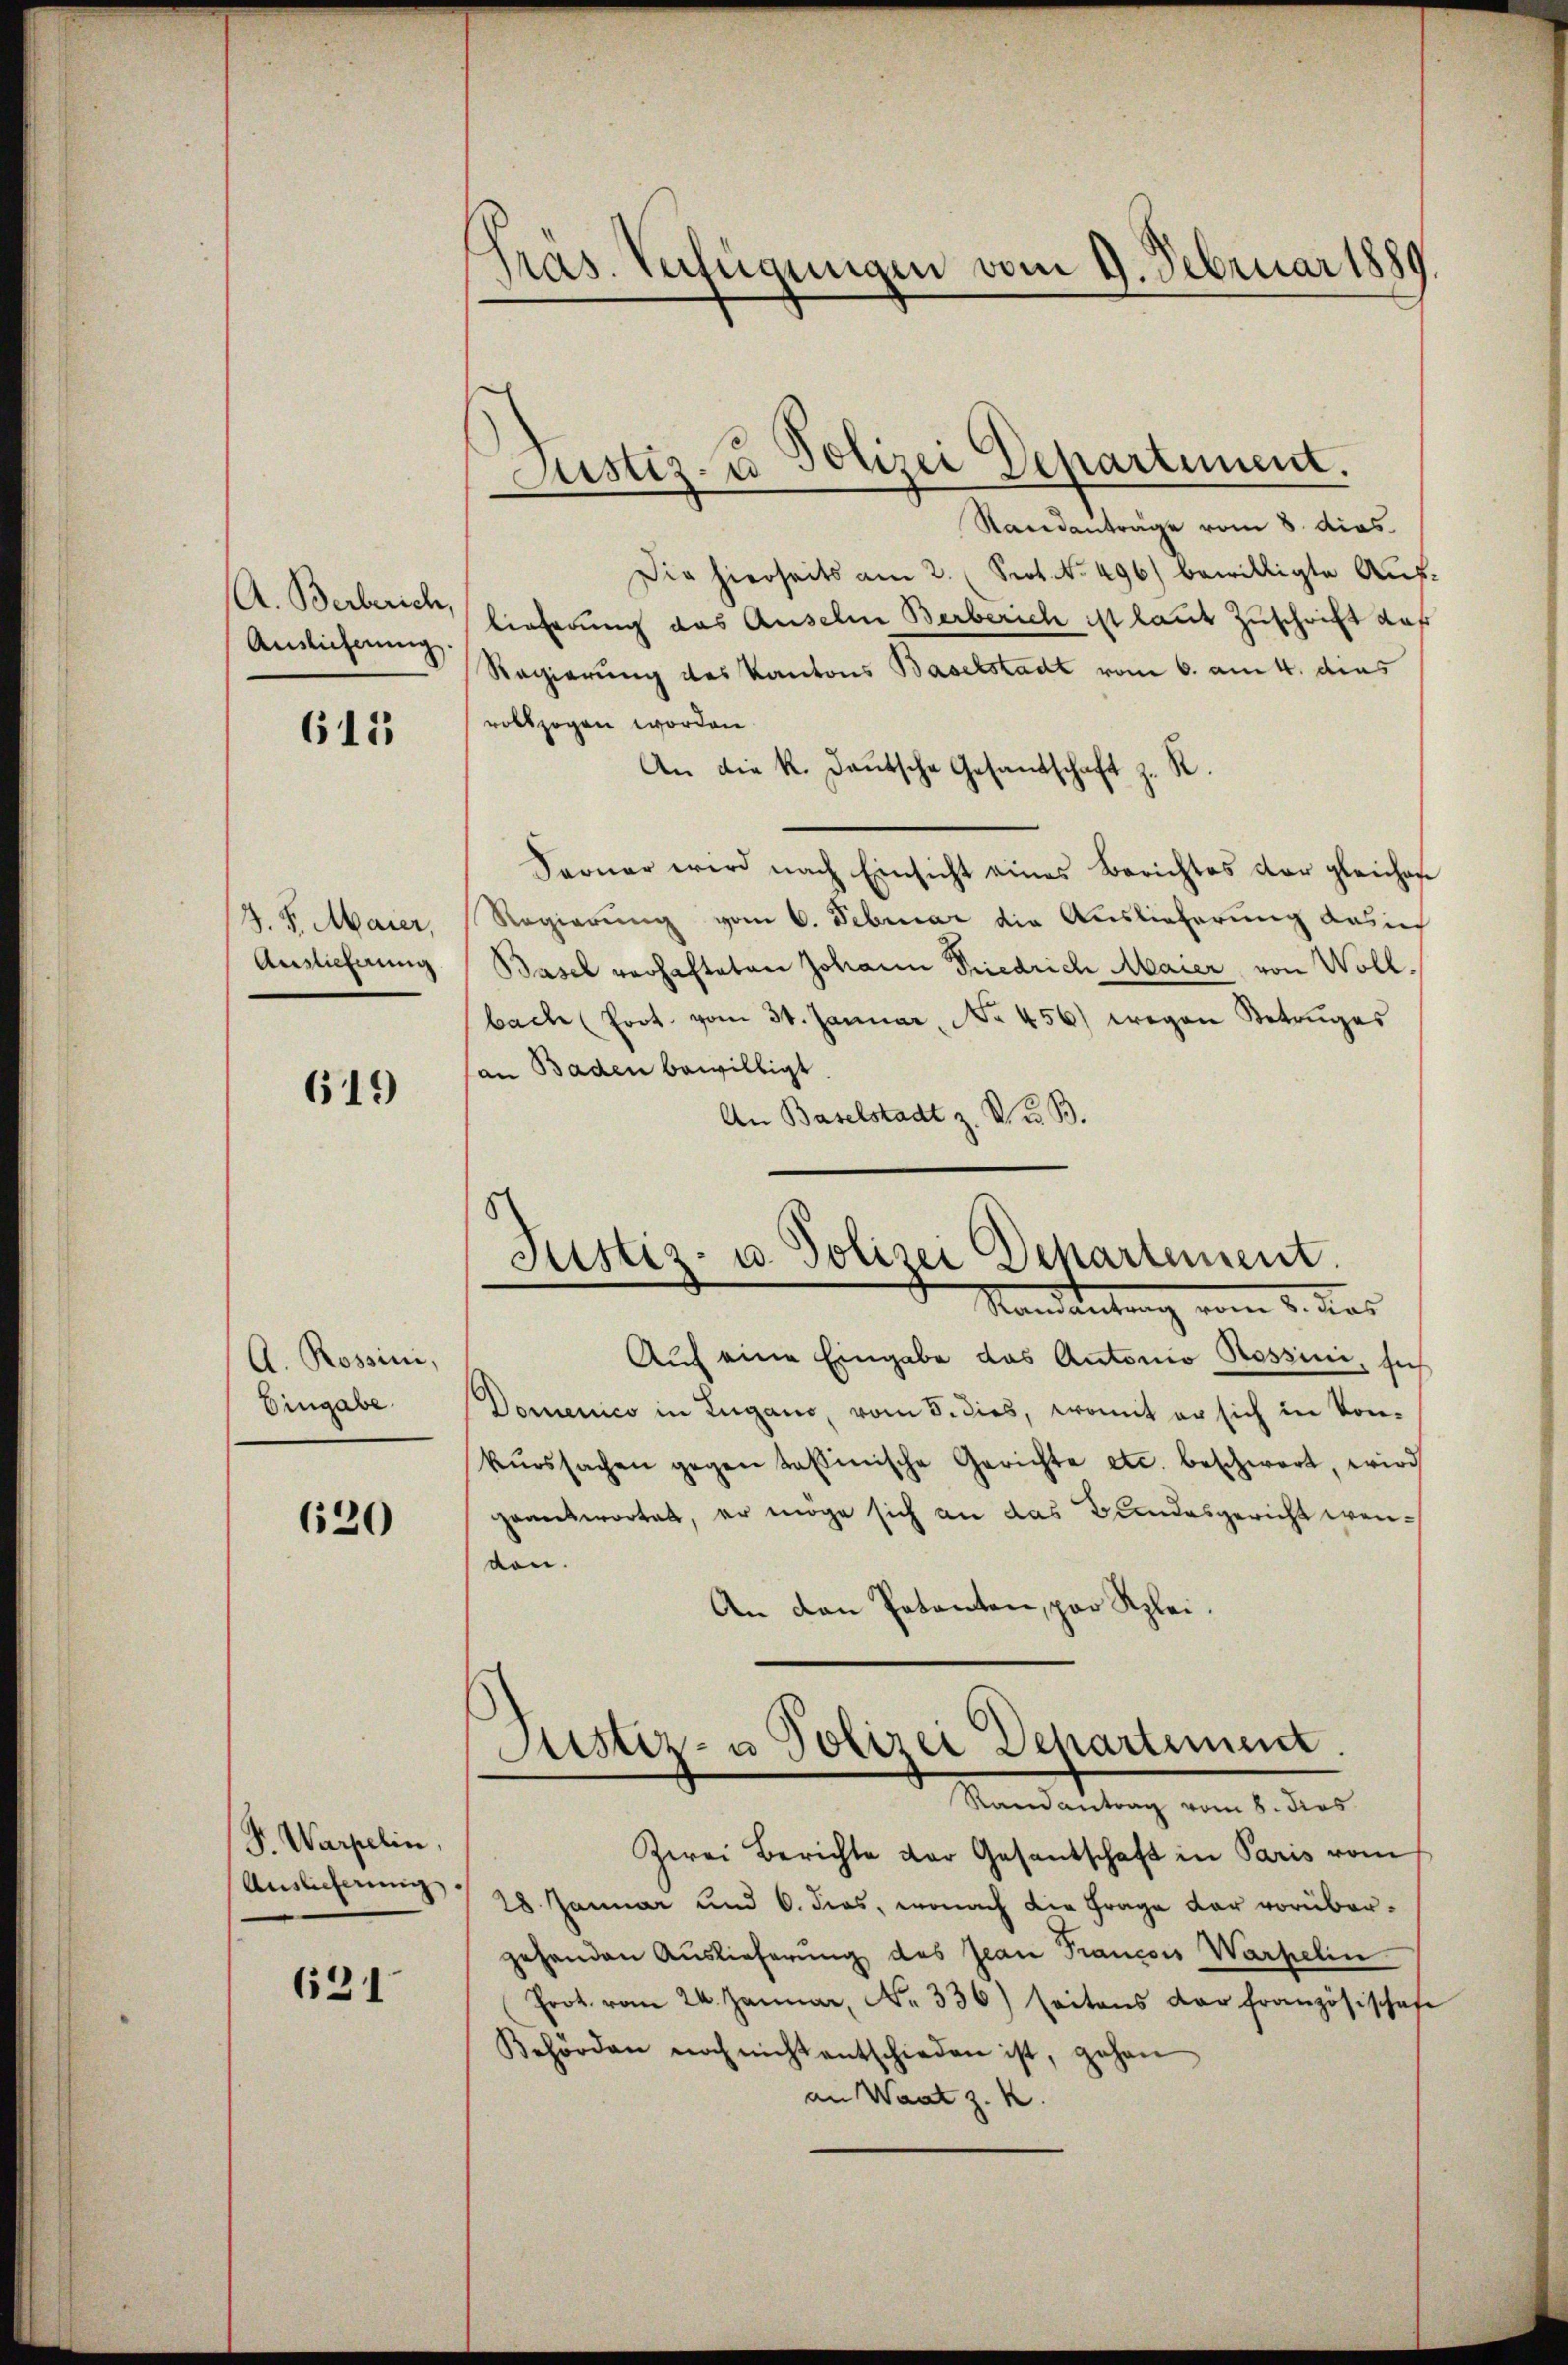
A. Berberich,
Auslicherung

615

S.S. Maier,
Auslieferung

619

A. Rossini,
Eingabe

620

F. Warpelin
Auslicherung.

621

Pras. Verfügungen vom 9. Februar 1889.

Standanträge vom 8. dies
Die hierseits am 2. (Prot. N. 496) bewilligte Aŭs-
lieferung das Auseln Berberich ist laut Zuschrift daf
Regierung des Kantons Baselstadt vom 6. am 4. dies
vollzogen worden.
An die K. Deutsche Gesandschaft z. R.
Sarner wird nach Einsicht eines Berichtes der gleicher
Regierung vom 6. Februar die Auslieferung das in
Basel verhafteten Johann Friedrich Maier von Wollbache (Poot. vom 31. Januar, No. 456) wegen Betruges
an Baden bewilligt.
An Baselstadt z. B. u. B.
Auf eine Eingabe das Antonio Rossini, sich
Domenico in Lugano, vom 5. dies, womit er sich in Konkŭrssachen gegen tasinische Gerichte etc. beschwert, wird
geantwortet, er möge sich an das Bundesgericht wendon.
An den Potanten, par Klei¬
Justiz- u Polizei Departement.
Randantrag vom 8. dies
Zwei Berichte der Gesantschaft in Paris vom
28. Januar und 6. dies, wonach die Frage der vorübergehenden Auslieferung des Jean Francois Wartelin
Prot. vom 24. Januar, N. 336) seitens der französischaf
Behörden noch nicht entschieden ist, gehen
an Waat z. K.

Justiz- & Polizei Departiment.

Justiz- u. Polizei Departement.
Mandantung vom 2. das